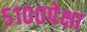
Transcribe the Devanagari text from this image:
५१००पेक्षा